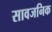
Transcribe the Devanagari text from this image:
सावजनिक